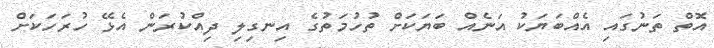
އޮތް ތަނުގައި އެއްބަޔަކު އަނެއް ބަޔަކަށް ތުހުމަތުގެ އިނގިލި ދިއްކުރަން އެޅޭ ހުރަހަކަށް